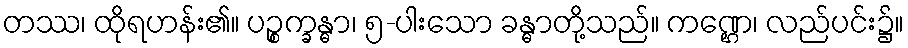
တဿ၊ ထိုရဟန်း၏။ ပဉ္စက္ခန္ဓာ၊ ၅-ပါးသော ခန္ဓာတို့သည်။ ကဏ္ဌေ၊ လည်ပင်း၌။